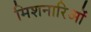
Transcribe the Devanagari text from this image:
मिशनारिओं